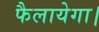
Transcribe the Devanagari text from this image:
फैलायेगा।